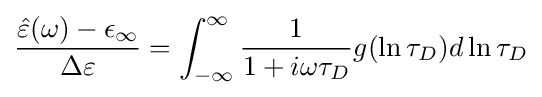
{{\hat {\varepsilon }}(\omega )-\epsilon _{\infty } \over \Delta \varepsilon }=\int _{-\infty }^{\infty }{1 \over 1+i\omega \tau _{D}}g(\ln \tau _{D})d\ln \tau _{D}